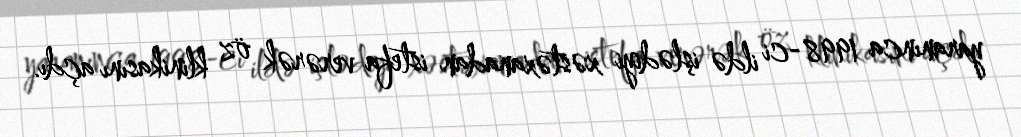
yaranınca 1998-ci ildə işlədiyi xəstəxanadan istefa verərək öz klinikasını açdı.